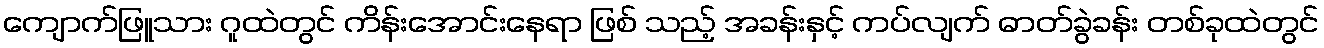
ကျောက်ဖြူသား ဂူထဲတွင် ကိန်းအောင်းနေရာ ဖြစ် သည့် အခန်းနှင့် ကပ်လျက် ဓာတ်ခွဲခန်း တစ်ခုထဲတွင်